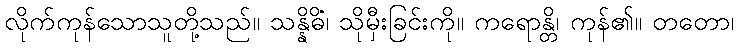
လိုက်ကုန်သောသူတို့သည်။ သန္နိဓိံ၊ သိုမှီးခြင်းကို။ ကရောန္တိ၊ ကုန်၏။ တတော၊